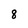
Character: 8